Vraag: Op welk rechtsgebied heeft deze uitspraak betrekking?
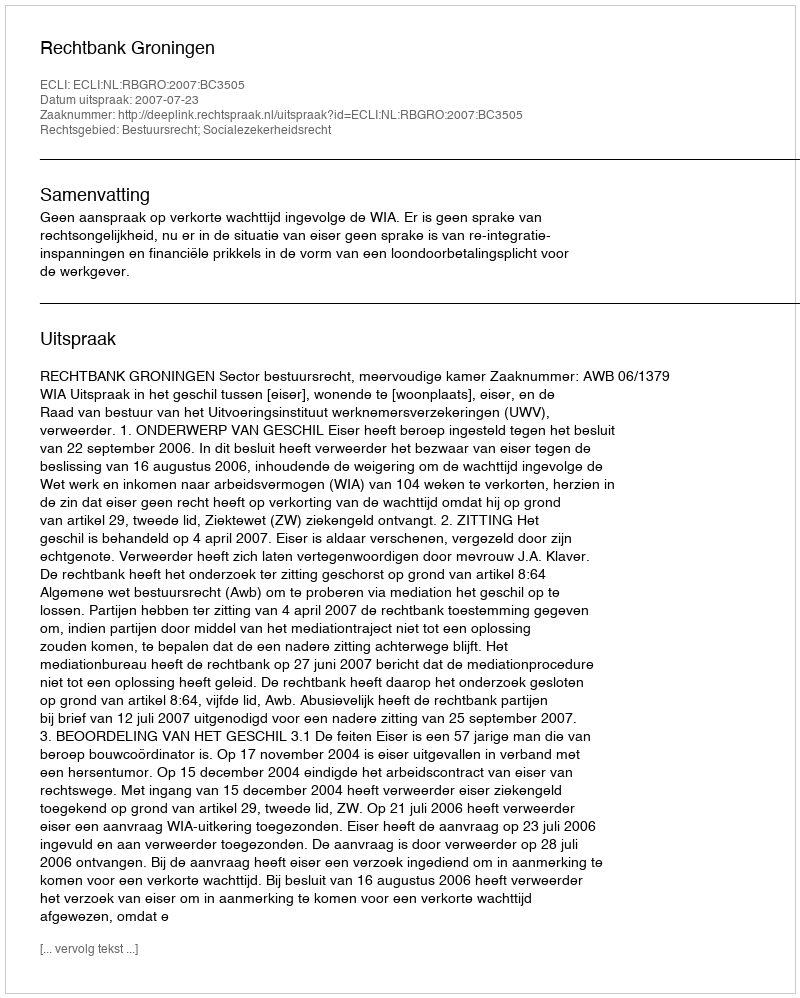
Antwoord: Bestuursrecht; Socialezekerheidsrecht